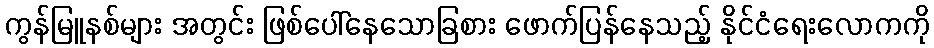
ကွန်မြူနစ်များ အတွင်း ဖြစ်ပေါ်နေသောခြစား ဖောက်ပြန်နေသည့် နိုင်ငံရေးလောကကို